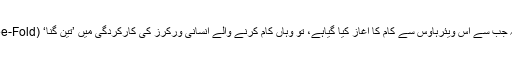
علی باباکا دعویٰ ہے کہ جب سے اس ویئرہاؤس سے کام کا آغاز کیا گیاہے، تو وہاں کام کرنے والے انسانی ورکرز کی کارکردگی میں ’تین گُنا‘ (Three-Fold)اضافہ ہوگیا ہے۔